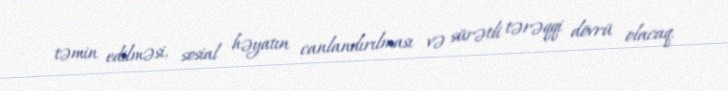
təmin edilməsi, sosial həyatın canlandırılması və sürətli tərəqqi dövrü olacaq.